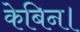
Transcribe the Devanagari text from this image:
केबिन।